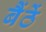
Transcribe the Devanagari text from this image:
बैंठें